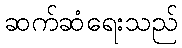
ဆက်ဆံရေးသည်